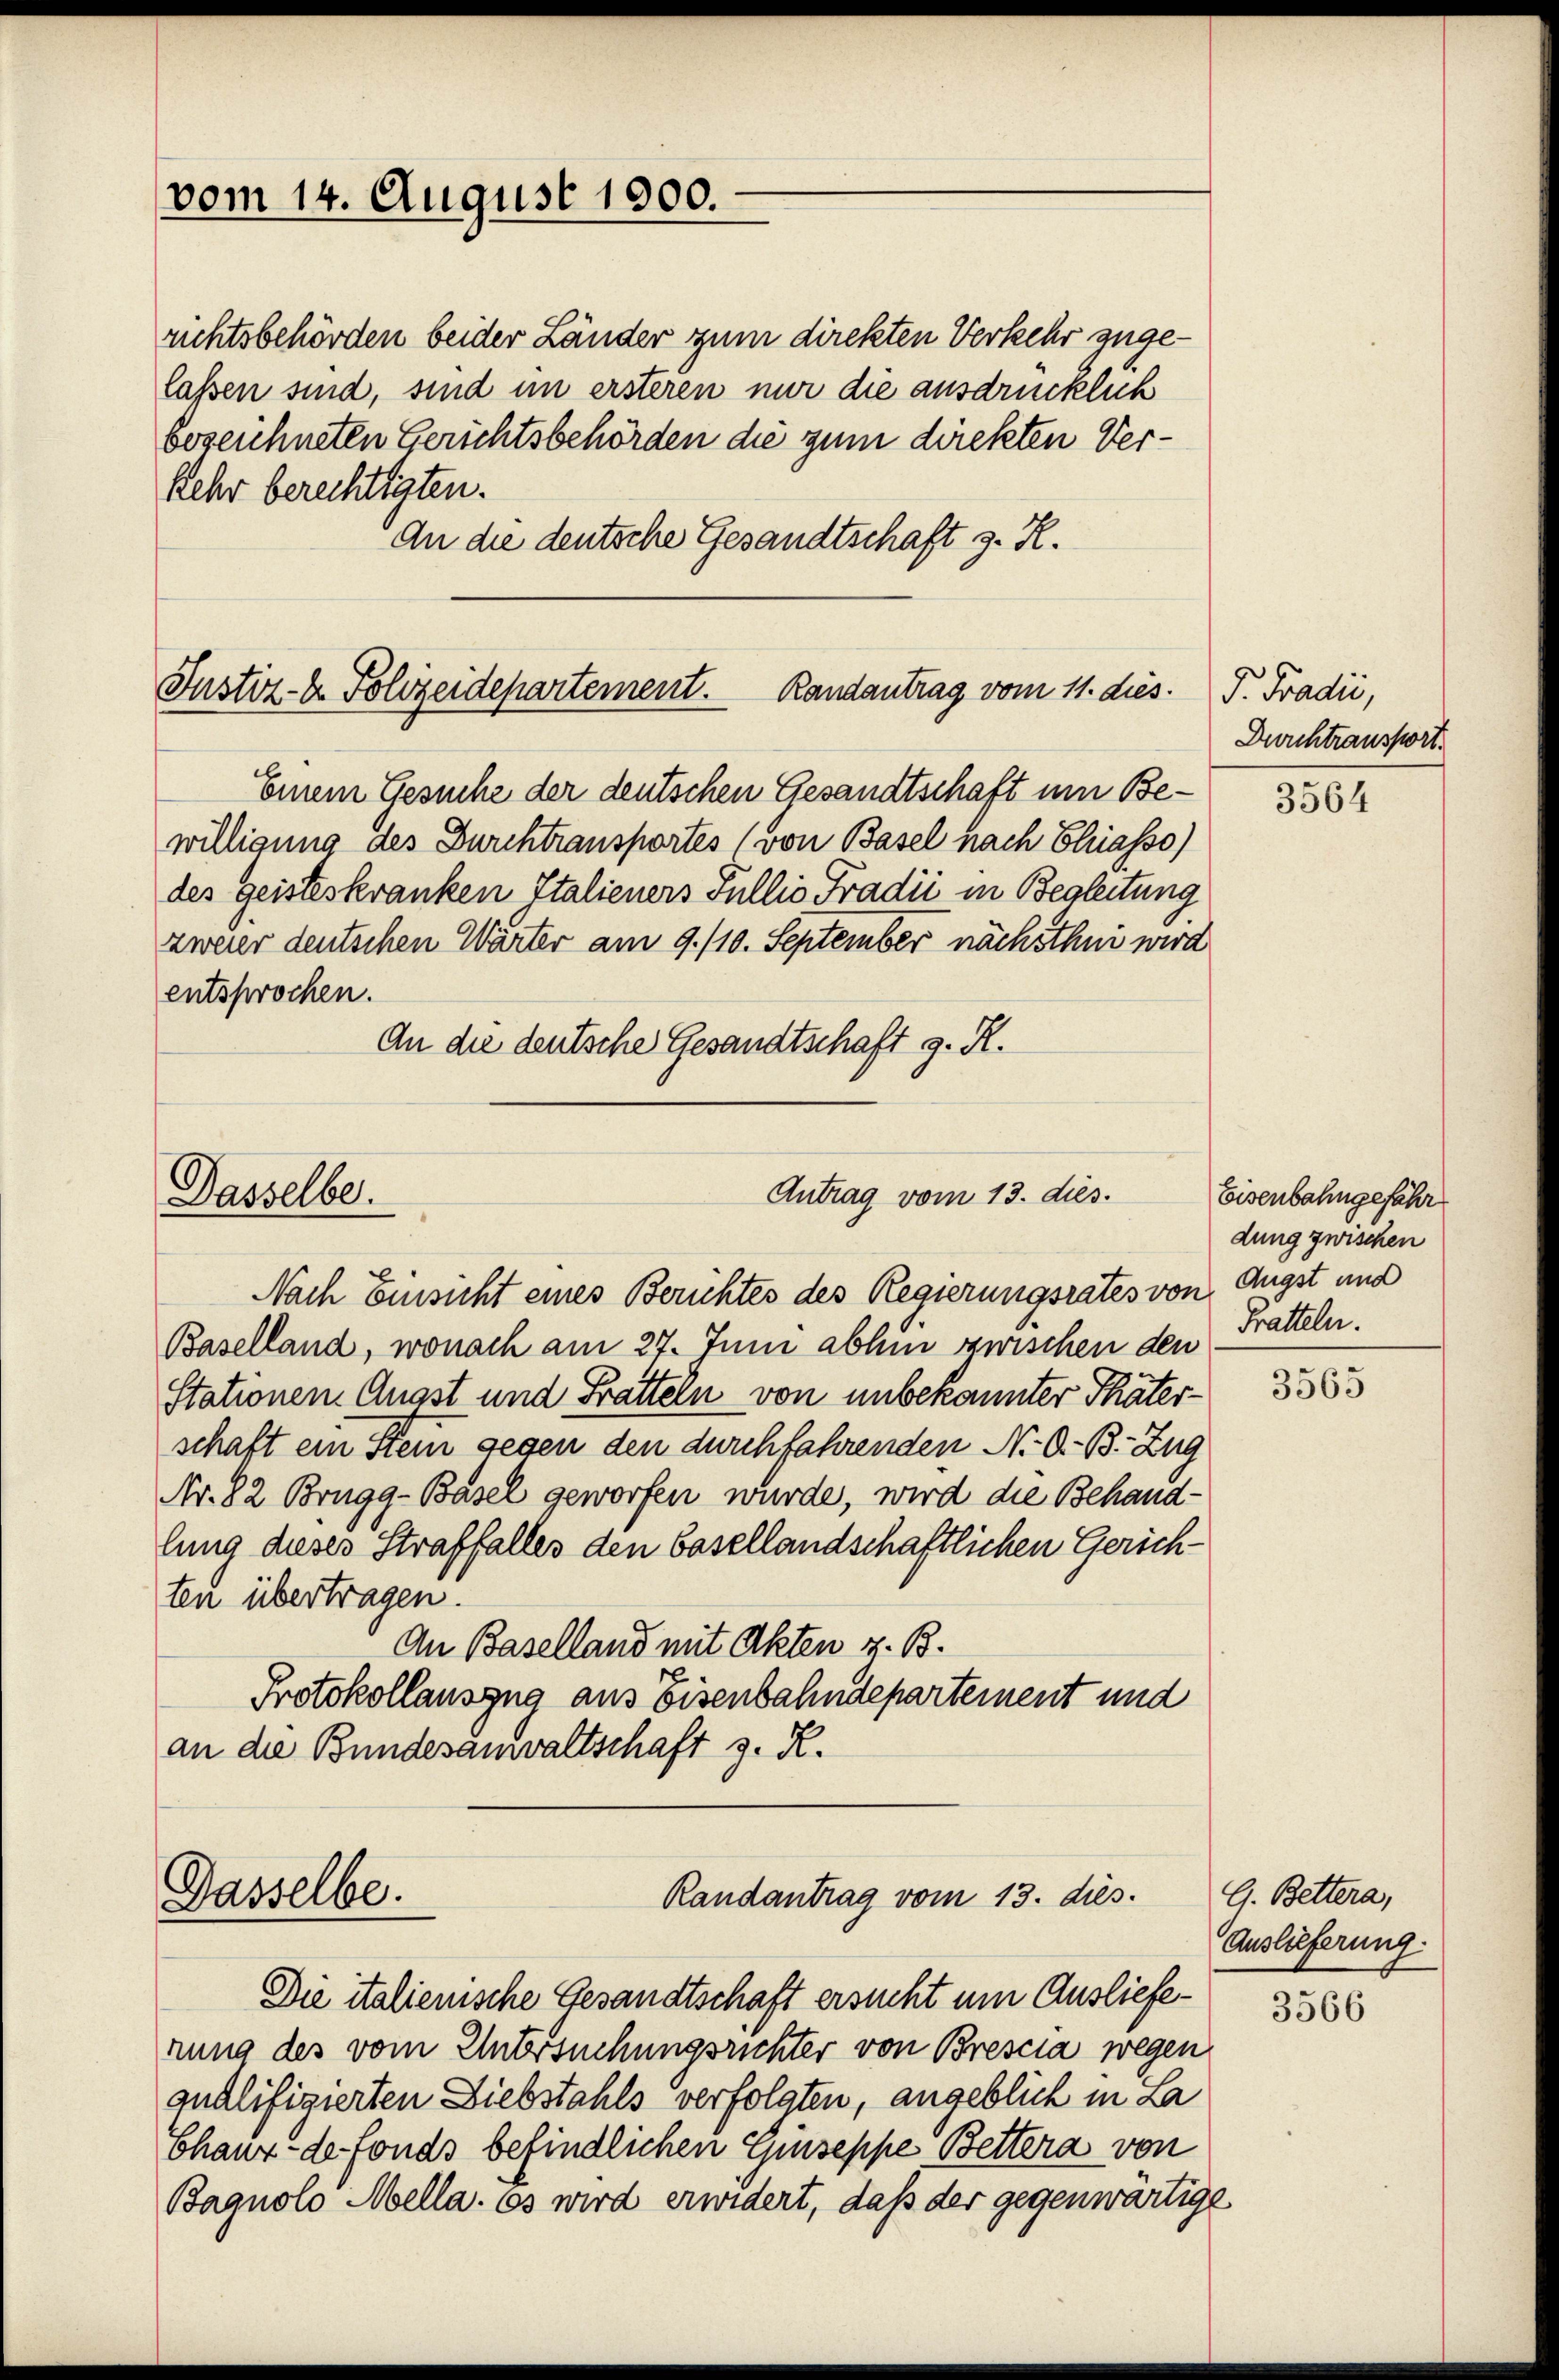
(vom 14. August 1900.

richtsbehörden beider Länder zum direkten Verkehr zugelaßen sind, sind im ersteren nur die ausdrücklich
bezeichneten Gerichtsbehörden die zum direkten Verkehr berechtigten.
An die deutsche Gesandtschaft z. R.

Justiz- & Polizeidepartement. Randantrag vom 11. dies

Dasselbe.

Einem Gesuche der deutschen Gesandtschaft um Bewilligung des Durchtransportes (von Basel nach Chriasso)
des geisteskranken Italieners Fullis Fradii in Begleitung
zweier deutschen Wärter am 9./10. September nächsthni wird
entsprochen.
An die deutsche Gesandtschaft g. R.

Dasselbe.

Antrag vom 13. dies.

Randantrag vom 13. dies.

Nach Einsicht eines Berichtes des Regierungsrates von Augst und
Baselland, wonach am 27. Juni abhin zwischen den
Stationen Angst und Fratteln von unbekannter Thäterschaft ein Stein gegen den durchfahrenden N. O. B. Zug
Nr. 82 Brugg-Basel geworfen wurde, wird die Behandlung dieses Straffalles den basellandschaftlichen Gerichten übertragen.
An Baselland mit Akten z. B.
Protokollauszug aus Eisenbahndepartement und
an die Bundesanwaltschaft z. R.

d. Tradić,
Dwichtransport

Die italienische Gesandtschaft ersucht um Auslieferung des vom Untersuchungsrichter von Brescia wegen
qualifizierten Diebstahls verfolgten, angeblich in La
Chaux de fonds befindlichen Giuseppe Bettera von
Bagnolo Mella. Es wird erwidert, daß der gegenwärtige

3564

Eisenbahngefähr
dung zwischen
Pratteln.

3565

G. Bettera,
Auslieferung.

3566